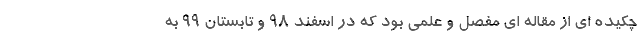
چکیده ای از مقاله ای مفصل و علمی بود که در اسفند ۹۸ و تابستان ۹۹ به